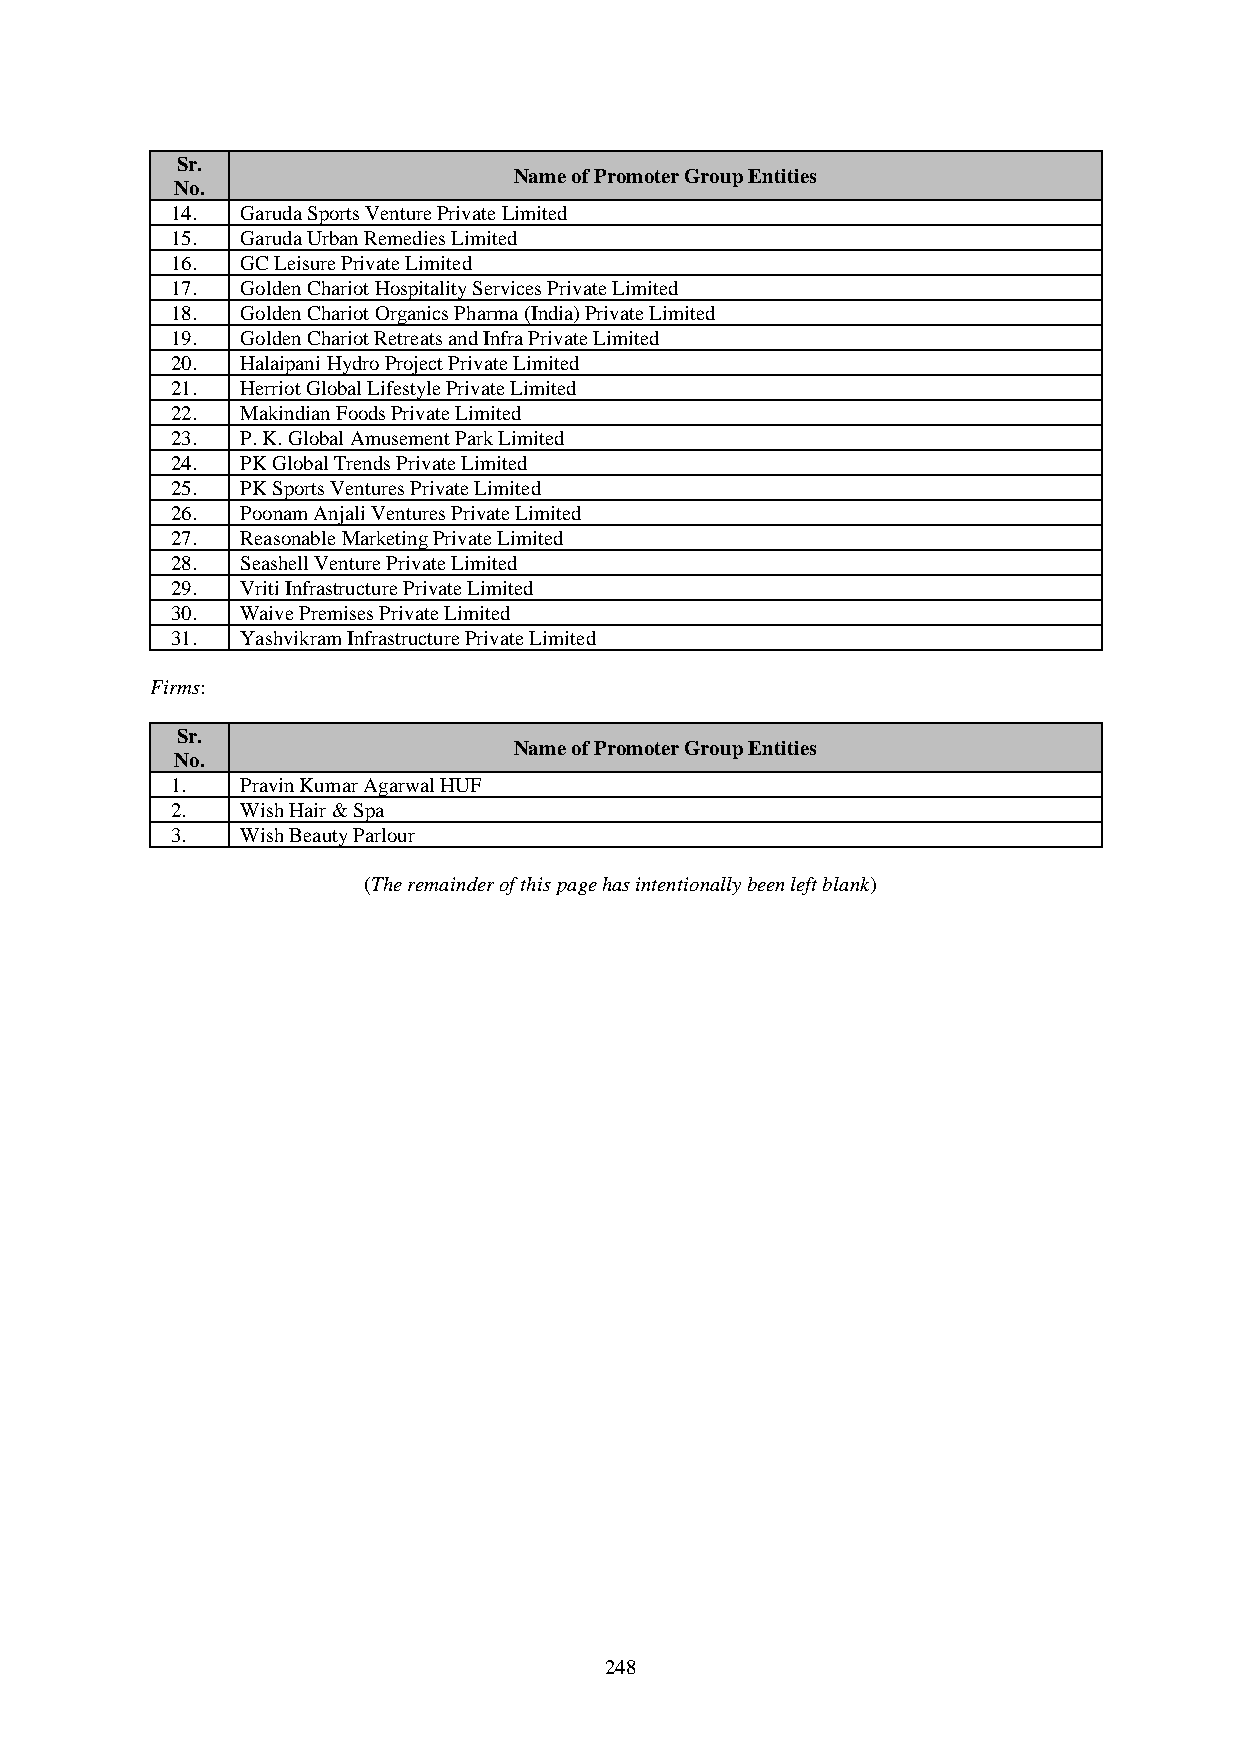
Sr.
 Name of Promoter Group Entities
 No.
 14.  Garuda Sports Venture Private Limited
 15.  Garuda Urban Remedies Limited
 16.  GC Leisure Private Limited
 17.  Golden Chariot Hospitality Services Private Limited
 18.  Golden Chariot Organics Pharma (India) Private Limited
 19.  Golden Chariot Retreats and Infra Private Limited
 20.  Halaipani Hydro Project Private Limited
 21.  Herriot Global Lifestyle Private Limited
 22.  Makindian Foods Private Limited
 23.  P. K. Global Amusement Park Limited
 24.  PK Global Trends Private Limited
 25.  PK Sports Ventures Private Limited
 26.  Poonam Anjali Ventures Private Limited
 27.  Reasonable Marketing Private Limited
 28.  Seashell Venture Private Limited
 29.  Vriti Infrastructure Private Limited
 30.  Waive Premises Private Limited
 31.  Yashvikram Infrastructure Private Limited
 Firms:
 Sr.
 Name of Promoter Group Entities
 No.
 1.   Pravin Kumar Agarwal HUF
 2.   Wish Hair & Spa
 3.   Wish Beauty Parlour
 (The remainder of this page has intentionally been left blank)
 248